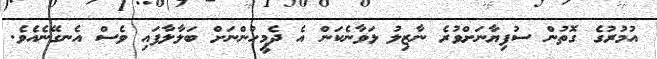
އުމުރުގެ ގޮތުން ސުފިޔާނަށްވުރެ ނާޒިލު ޅަވާނެކަން އެ ދެމީހުންނަށް ބަލާލާފައި ވެސް އެނގޭނެއެވެ.